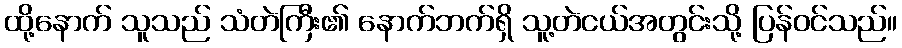
ထို့နောက် သူသည် သံတဲကြီး၏ နောက်ဘက်ရှိ သူ့တဲငယ်အတွင်းသို့ ပြန်ဝင်သည်။